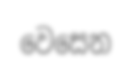
වෙසෙන